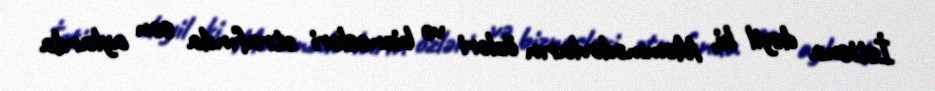
İstisna deyil ki, Məmmədovların özləri və biznesləri ətrafında son aylarda